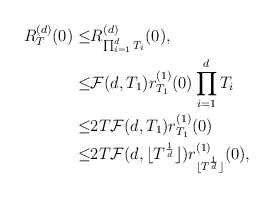
\begin{align*}R^{(d)}_T(0)\leq& R^{(d)}_{\prod_{i=1}^dT_i}(0),\\\leq&\mathcal{F}(d,T_1)r^{(1)}_{T_1}(0)\prod_{i=1}^{d}T_i\\\leq&2T\mathcal{F}(d,T_1)r^{(1)}_{T_1}(0)\\\leq&2T\mathcal{F}(d,\lfloor T^{\frac{1}{d}}\rfloor)r^{(1)}_{\lfloor T^{\frac{1}{d}}\rfloor}(0),\end{align*}